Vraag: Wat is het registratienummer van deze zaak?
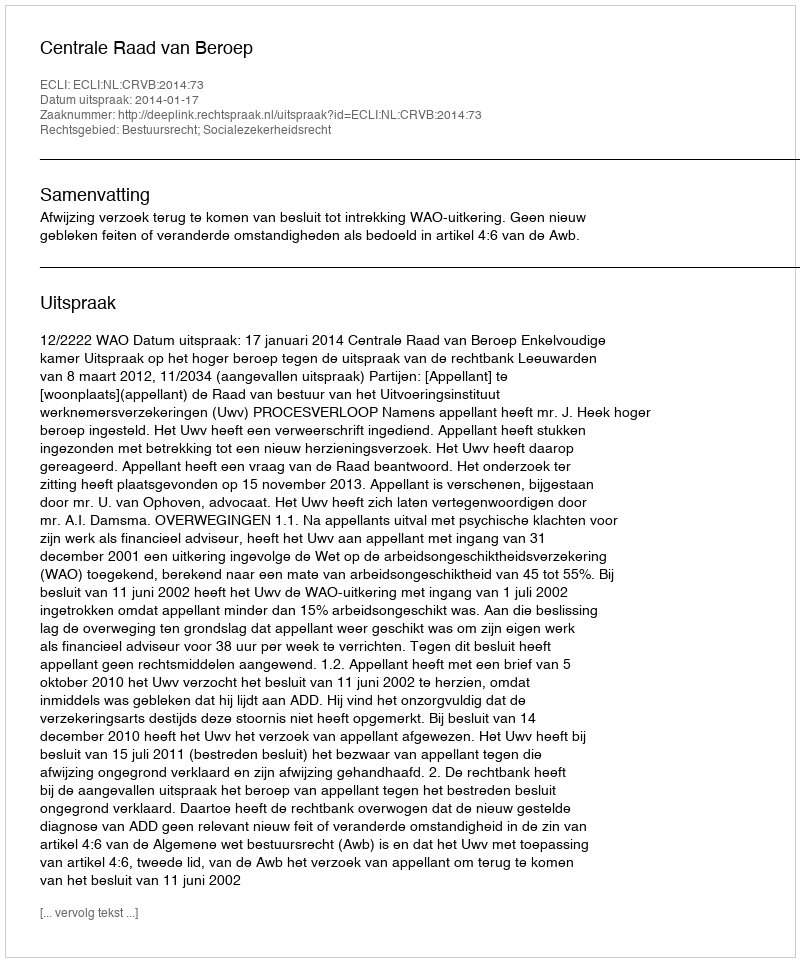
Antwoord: http://deeplink.rechtspraak.nl/uitspraak?id=ECLI:NL:CRVB:2014:73